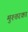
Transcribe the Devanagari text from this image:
मुश्तरका